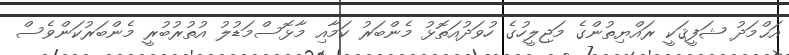
އަޙްމަދު ޝަފީޤަކީ ރައްޔިތުންގެ މަޖިލީހުގެ ހުވަދުއަތޮޅު މެންބަރު ކަމާއި މާޅޮސްމަޑުލު އުތުރުބުރީ މެންބަރުކަންވެސް